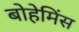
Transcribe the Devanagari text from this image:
बोहेमिंस